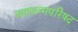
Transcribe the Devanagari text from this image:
महाधम्मपरिषद